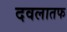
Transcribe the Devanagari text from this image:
दवलातफ